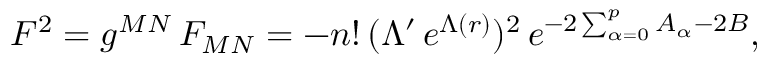
F ^ { 2 } = g ^ { M N } \, F _ { M N } = - n ! \, ( \Lambda ^ { \prime } \, e ^ { \Lambda ( r ) } ) ^ { 2 } \, e ^ { - 2 \sum _ { \alpha = 0 } ^ { p } A _ { \alpha } - 2 B } ,